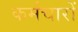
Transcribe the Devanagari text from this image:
कर्मचारों